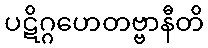
ပဋိဂ္ဂဟေတဗ္ဗာနီတိ